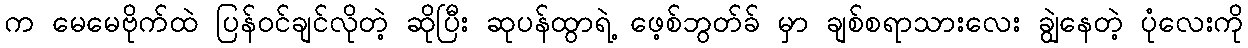
က မေမေဗိုက်ထဲ ပြန်ဝင်ချင်လိုတဲ့ ဆိုပြီး ဆုပန်ထွာရဲ့ ဖေ့စ်ဘွတ်ခ် မှာ ချစ်စရာသားလေး ချွဲနေတဲ့ ပုံလေးကို